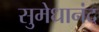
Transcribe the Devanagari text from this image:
सुमेधानंद